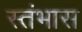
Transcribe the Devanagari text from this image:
स्तंभास